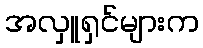
အလှူရှင်များက